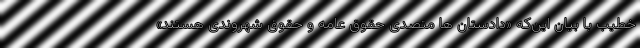
خطیب با بیان این‌که «دادستان ها متصدی حقوق عامه و حقوق شهروندی هستند»